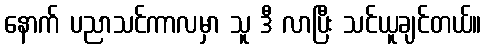
နောက် ပညာသင်ကာလမှာ သူ ဒီ လာပြီး သင်ယူချင်တယ်။